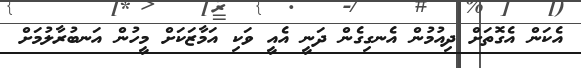
އެކަން އެގޮތަށް ދިއުމުން އެނގިގެން ދަނީ އެއީ ވަކި އަމާޒަކަށް މީހުން އަނބުރާލުމަށް